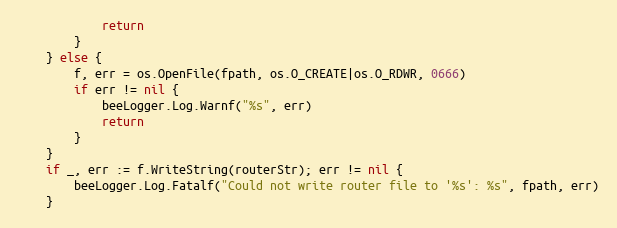
Language: Go
			return
		}
	} else {
		f, err = os.OpenFile(fpath, os.O_CREATE|os.O_RDWR, 0666)
		if err != nil {
			beeLogger.Log.Warnf("%s", err)
			return
		}
	}
	if _, err := f.WriteString(routerStr); err != nil {
		beeLogger.Log.Fatalf("Could not write router file to '%s': %s", fpath, err)
	}